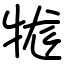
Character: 牻